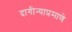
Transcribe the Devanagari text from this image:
दागीन्याप्रमाणे